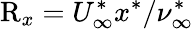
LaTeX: \mathrm{R}_{x}=U_{\infty}^{\ast}x^{\ast}/\nu_{\infty}^{\ast}